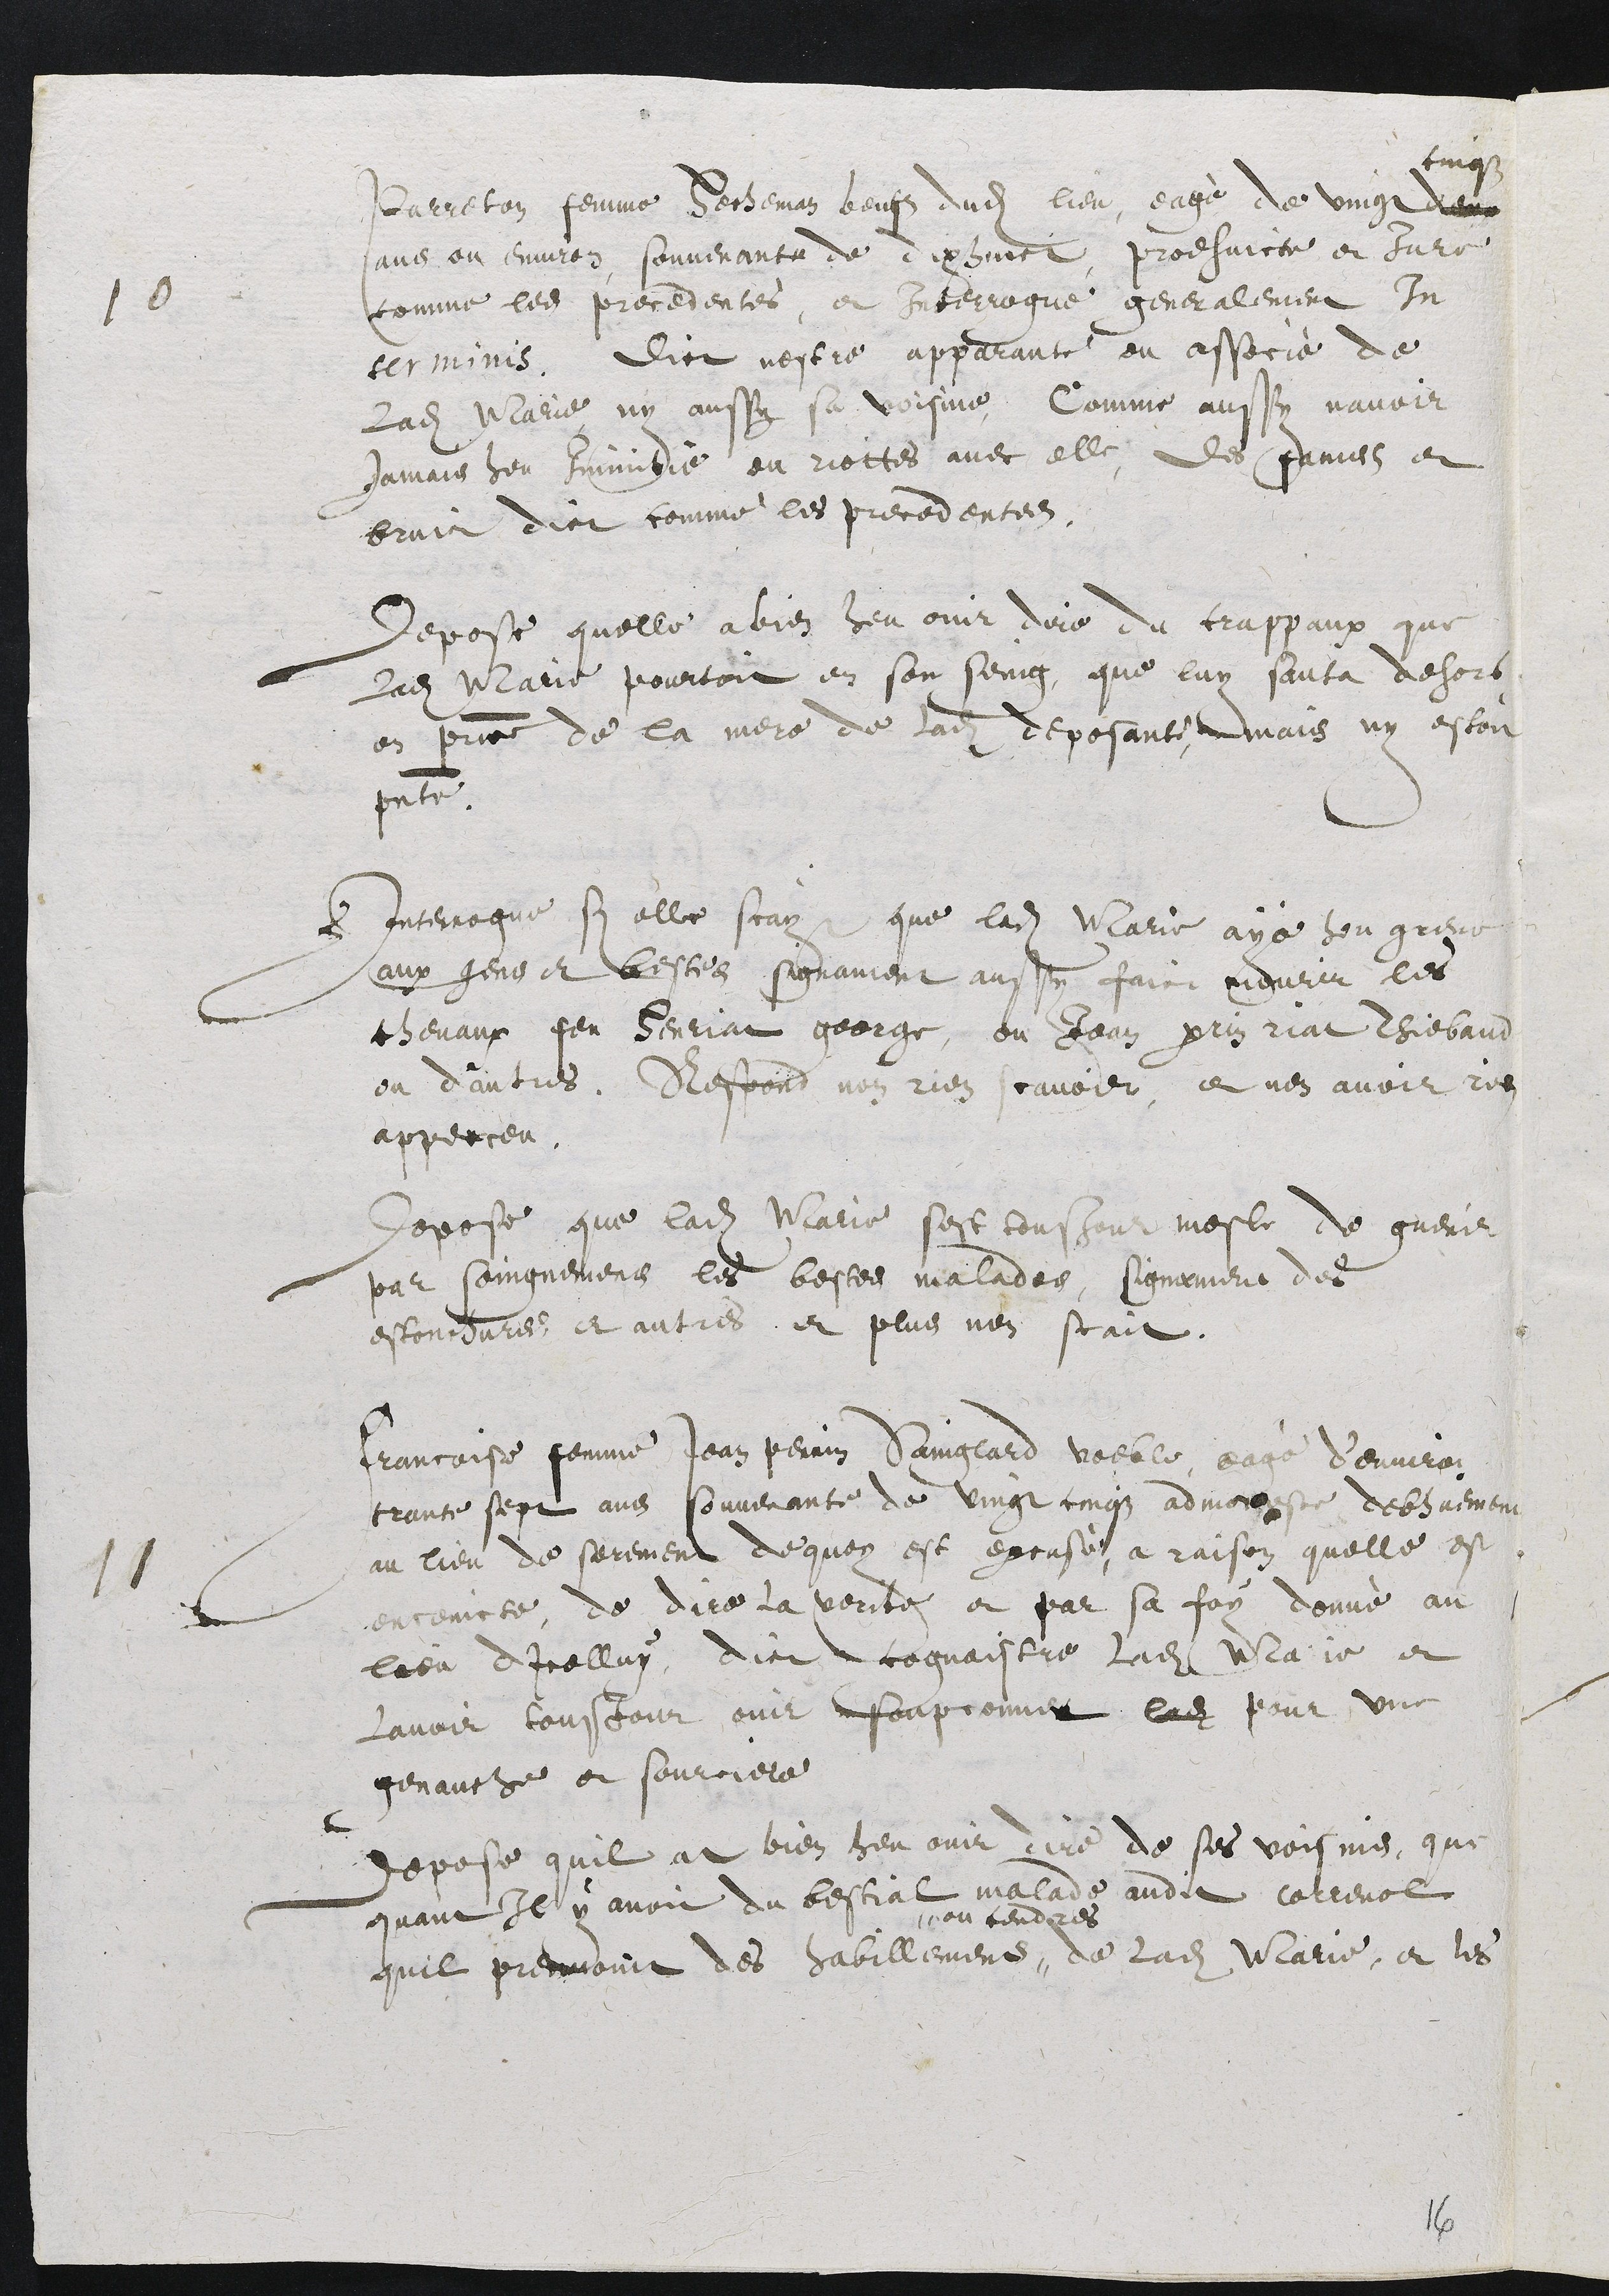
10 Parreton femme Hecheman Beufs dudit lieu, eagè de vingt
cinqs
dans
ans ou environ, souvenante de dixhuict, prodhuicte et jure
comme les precedentes, et Interrogue generalement In
terminis. Dict nestre apparente ou associé de
ladite Marie ny aussy sa voisine, Comme aussy navoir
jamais heu Inimitie ou riottes avec elle, des fames et
bruict dict comme les precedentes.
Depose quelle a bien heu ouir dire du crappaux que
ladite Marie pourtoit en son seing, que luy sauta dehors
en présence de la mere de ladite deposante, mais ny estoit
presente.
Interrogue si elle scay que ladite Marie aye heu greve
aux gens et bestes signament aussy faict mourir les
chevaux feu Henriat george, ou Jean perrin riat Thiebaud
ou d’autres. Respond nen rien scavoir, et nen avoir rien
apperceu.
Depose que ladite Marie sest tousjour mesle de guerir
par soingnement les bestes malades, signement des
estonchures et autres et plus nen scait.
11 Françoise femme Jean perrin Sainglard voeble, eagé d’environ
trante sept ans souvenante de vingt cinqz admoneste debhuement
au lieu de serement de quoy est excuse, a raison quelle est
enceincte, de dire la verité et par sa foy donné au
lieu dIcelluy, dict cognaistre ladite Marie et
lavoir tousjour ouir soupconner lad pour une
genauche et sourciere.
Depose quil at bien heu ouir dire de ses voisines, que
quant Il y avoit du bestial malade audit correnol
quil prennoint des habillemens"
" ou cendres
de ladite Marie, et les